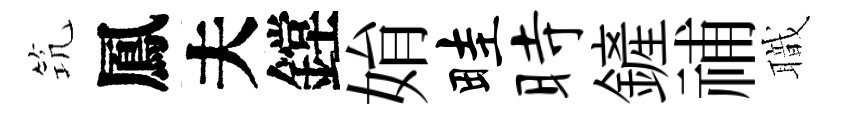
𥬑鳳夫鏜姢畦时鏟𥙷職